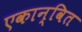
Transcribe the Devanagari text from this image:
एकान्वित